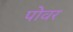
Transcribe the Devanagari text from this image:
पोवर